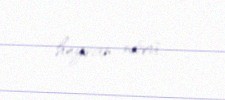
heyvan növü.